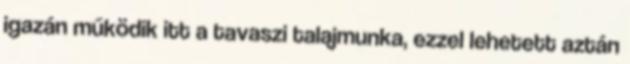
igazán működik itt a tavaszi talajmunka, ezzel lehetett aztán